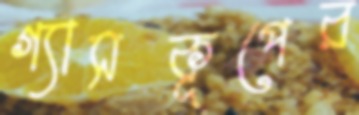
গ্যাসকূপের